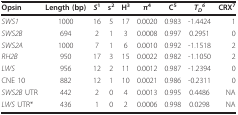
| Opsin | Length (bp) | S1 | s2 | H3 | π4 | C5 | TD6 | CRX7 |
 | --- | --- | --- | --- | --- | --- | --- | --- | --- |
 | SWS1 | 1000 | 16 | 5 | 17 | 0.0020 | 0.983 | -1.4424 | 1 |
 | SWS2B | 694 | 2 | 1 | 3 | 0.0008 | 0.997 | 0.2951 | 0 |
 | SWS2A | 1000 | 7 | 1 | 6 | 0.0010 | 0.992 | -1.1518 | 2 |
 | RH2B | 950 | 17 | 3 | 15 | 0.0022 | 0.982 | -1.1050 | 2 |
 | LWS | 956 | 12 | 2 | 11 | 0.0012 | 0.987 | -1.2394 | 0 |
 | CNE 10 | 882 | 12 | 1 | 10 | 0.0021 | 0.986 | -0.2311 | 0 |
 | SWS2B UTR | 442 | 2 | 0 | 4 | 0.0013 | 0.995 | 0.4486 | NA |
 | LWS UTR* | 436 | 1 | 0 | 2 | 0.0006 | 0.998 | 0.0298 | NA |